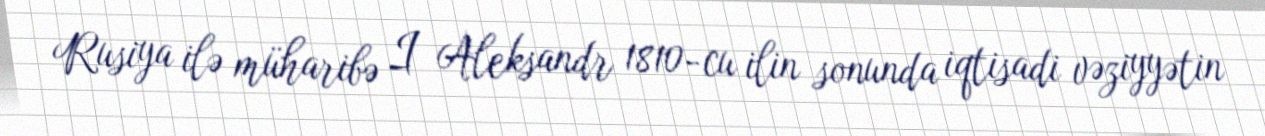
Rusiya ilə müharibə I Aleksandr 1810-cu ilin sonunda iqtisadi vəziyyətin